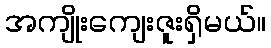
အကျိုးကျေးဇူးရှိမယ်။